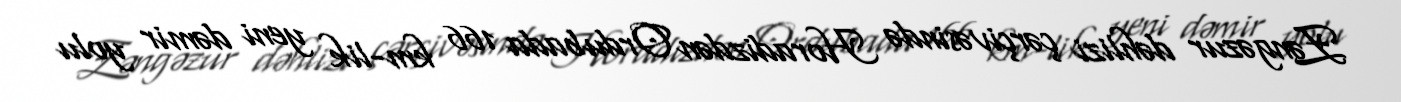
Zəngəzur dəhlizi çərçivəsində Horadizdən Ordubada 166 km-lik yeni dəmir yolu